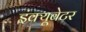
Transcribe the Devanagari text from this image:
इंक्यूबेटर